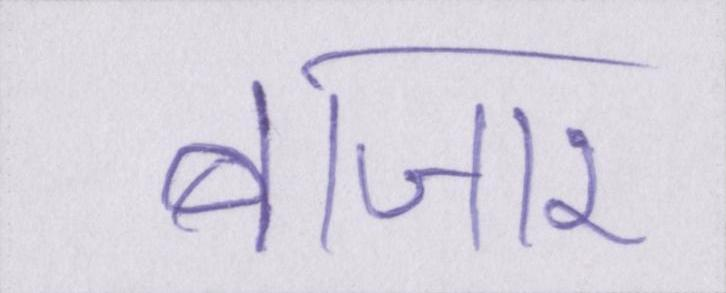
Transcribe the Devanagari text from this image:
बाजार